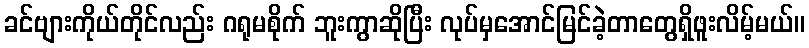
ခင်ဗျားကိုယ်တိုင်လည်း ဂရုမစိုက် ဘူးကွာဆိုပြီး လုပ်မှအောင်မြင်ခဲ့တာတွေရှိဖူးလိမ့်မယ်။